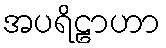
အပရိဠာဟာ